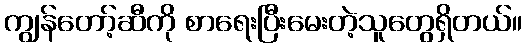
ကျွန်တော့်ဆီကို စာရေးပြီးမေးတဲ့သူတွေရှိတယ်။